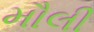
મૌલી